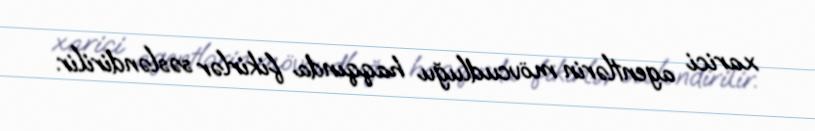
xarici agentlərin mövcudluğu haqqında fikirlər səsləndirilir.